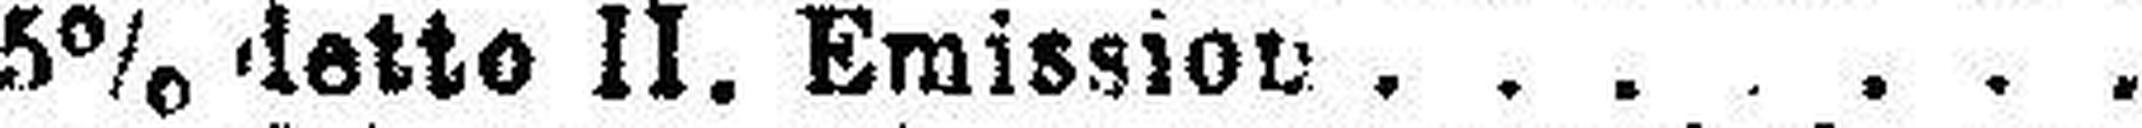
5% detto II. Emission